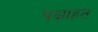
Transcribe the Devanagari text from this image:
पक्षाहत